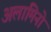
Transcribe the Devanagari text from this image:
अलामिनो